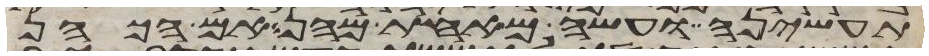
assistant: תעשיהן ועשה מאחת מהן אם הכהן